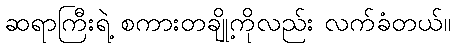
ဆရာကြီးရဲ့ စကားတချို့ကိုလည်း လက်ခံတယ်။